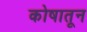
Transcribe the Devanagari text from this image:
कोषातून